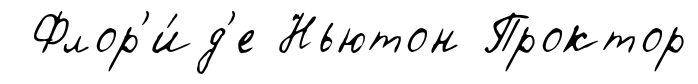
Флор'и́д'е Ньютон Проктор